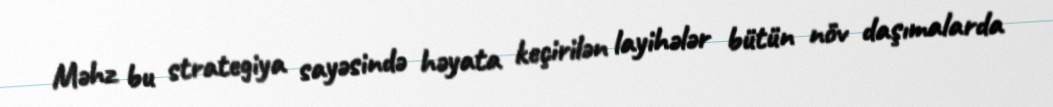
Məhz bu strategiya sayəsində həyata keçirilən layihələr bütün növ daşımalarda